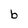
Character: b